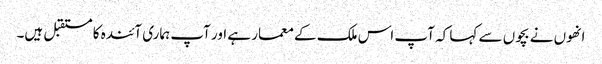
انھوں نے بچوں سے کہا کہ آپ اس ملک کے معمار ہے اور آپ ہماری آئندہ کا مستقبل ہیں۔